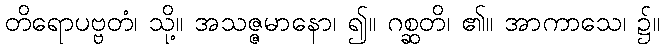
တိရောပဗ္ဗတံ၊ သို့။ အသဇ္ဇမာနော၊ ၍။ ဂစ္ဆတိ၊ ၏။ အာကာသေ၊ ၌။